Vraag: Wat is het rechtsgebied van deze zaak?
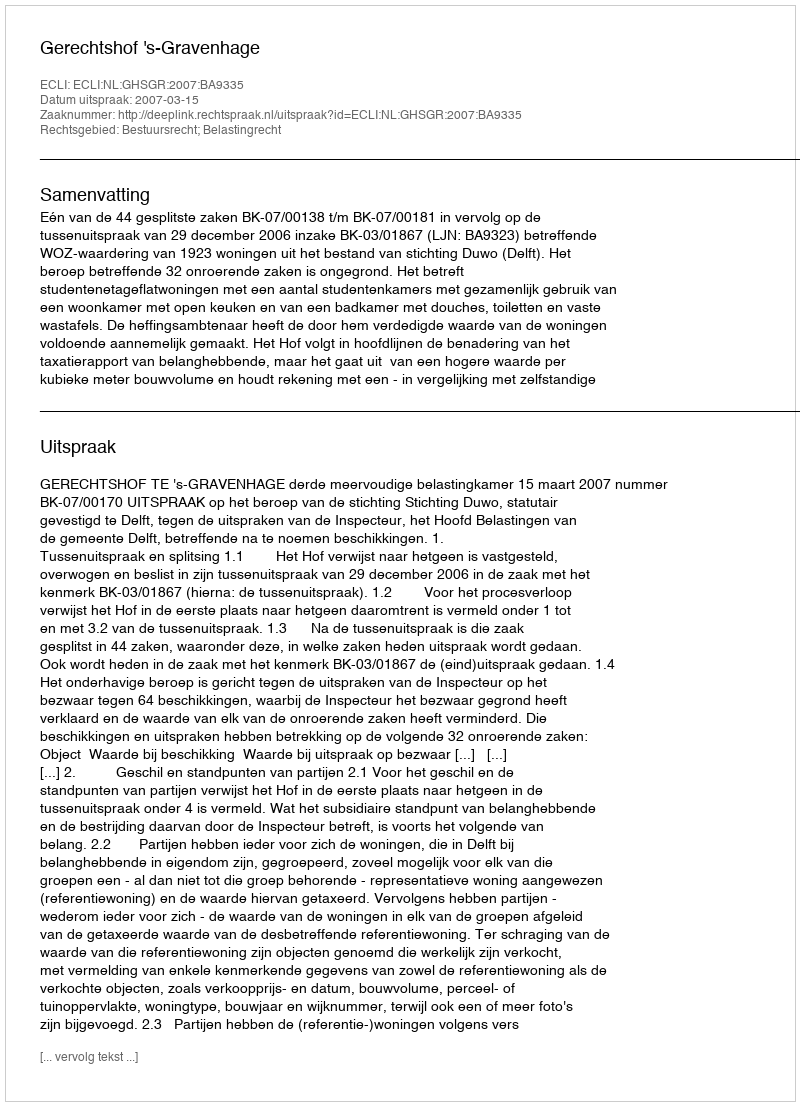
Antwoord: Bestuursrecht; Belastingrecht